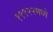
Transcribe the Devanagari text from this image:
१९९२२मध्ये